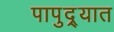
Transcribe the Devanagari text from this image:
पापुद्र्यात